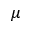
\mu